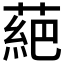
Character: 𫉇